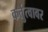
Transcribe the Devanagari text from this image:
कर्तुत्वावर